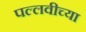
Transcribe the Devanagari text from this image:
पल्लवीच्या